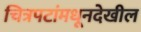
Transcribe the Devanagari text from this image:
चित्रपटांमधूनदेखील